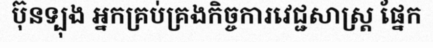
ប៊ុនទ្បុង អ្នកគ្រប់គ្រងកិច្ចការវេជ្ជសាស្ត្រ ផ្នែក